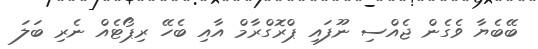
ބޭބެޔާ ވެގެން ޖެއްސި ނޫފައި ޕްރޮގްރާމް އާއި ބެހޭ ރިޕޯޓެއް ނެރި ބަލަ